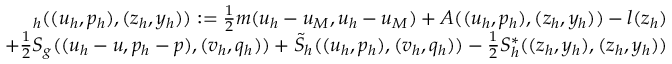
\begin{array} { r } { \L _ { h } ( ( { u } _ { h } , p _ { h } ) , ( { z } _ { h } , y _ { h } ) ) : = \frac { 1 } { 2 } m ( { u } _ { h } - { { u } } _ { M } , { u } _ { h } - { { u } } _ { M } ) + A ( ( { u } _ { h } , p _ { h } ) , ( { z } _ { h } , y _ { h } ) ) - l ( z _ { h } ) } \\ { + \frac { 1 } { 2 } S _ { g } ( ( { u } _ { h } - u , p _ { h } - p ) , ( { v } _ { h } , q _ { h } ) ) + \tilde { S } _ { h } ( ( { u } _ { h } , p _ { h } ) , ( { v } _ { h } , q _ { h } ) ) - \frac { 1 } { 2 } S _ { h } ^ { \ast } ( ( { z } _ { h } , y _ { h } ) , ( { z } _ { h } , y _ { h } ) ) } \end{array}